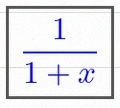
\frac{1}{1+x}